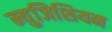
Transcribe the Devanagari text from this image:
म्युजिशियन